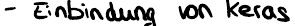
- Einbindung von Keras